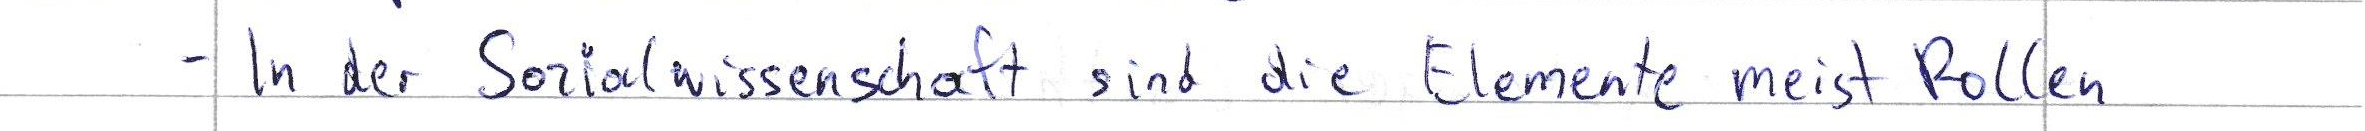
- In der Sozialwissenschaft sind die Elemente meist Rollen